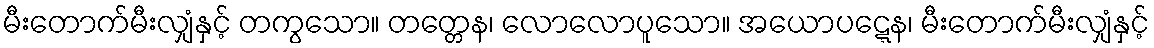
မီးတောက်မီးလျှံနှင့် တကွသော။ တတ္တေန၊ လောလောပူသော။ အယောပဋ္ဋေန၊ မီးတောက်မီးလျှံနှင့်